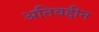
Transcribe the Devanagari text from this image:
अतिवद्दीन